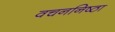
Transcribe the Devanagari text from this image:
वचननिष्ठा